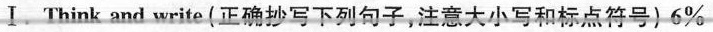
Ⅰ.Think and write (正确抄写下列句子,注意大小写和标点符号)6%